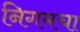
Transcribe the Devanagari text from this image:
निगमचा